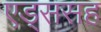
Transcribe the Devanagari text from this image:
एड्ससह